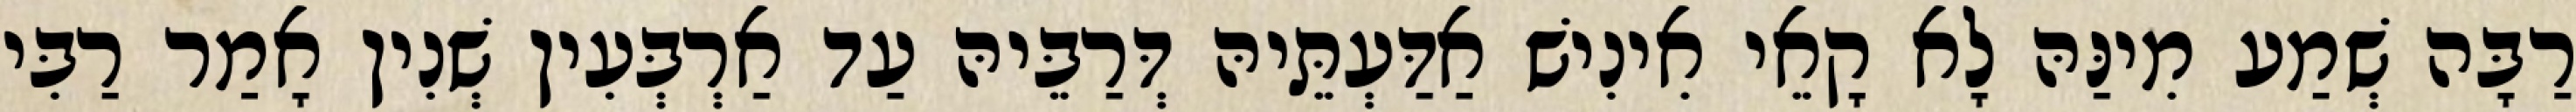
רַבָּה שְׁמַע מִינַּהּ לָא קָאֵי אִינִישׁ אַדַּעְתֵּיהּ דְּרַבֵּיהּ עַד אַרְבְּעִין שְׁנִין אָמַר רַבִּי